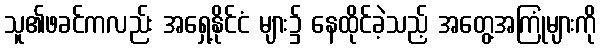
သူ၏ဖခင်ကလည်း အရှေ့နိုင်ငံ များ၌ နေထိုင်ခဲ့သည့် အတွေ့အကြုံများကို